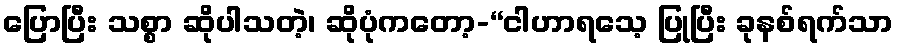
ပြောပြီး သစ္စာ ဆိုပါသတဲ့၊ ဆိုပုံကတော့-“ငါဟာရသေ့ ပြုပြီး ခုနစ်ရက်သာ